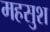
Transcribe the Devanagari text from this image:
महसुश